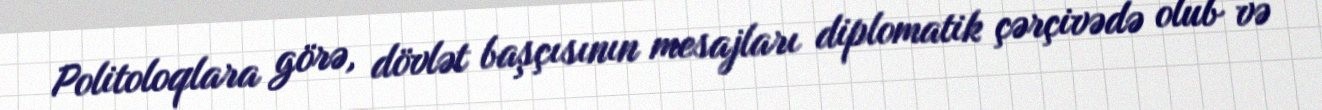
Politoloqlara görə, dövlət başçısının mesajları diplomatik çərçivədə olub və